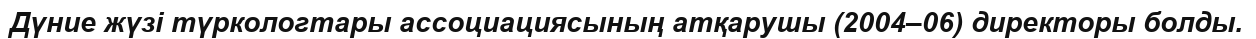
Дүние жүзі түркологтары ассоциациясының атқарушы (2004–06) директоры болды.